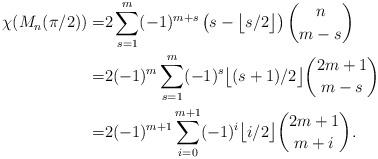
LaTeX: \begin{align*}\chi (M_n (\pi/2))=&2 \sum_{s=1}^m (-1)^{m+s} \left(s- \big\lfloor s/2 \big\rfloor \right) {n \choose m-s} \\=& 2(-1)^m \sum_{s=1}^m (-1)^s \big\lfloor (s+1)/2 \big\rfloor {2m+1 \choose m-s} \\=& 2 (-1)^{m+1} \sum_{i=0}^{m+1} (-1)^i\big\lfloor i /2\big\rfloor {2m+1 \choose m+i} .\end{align*}